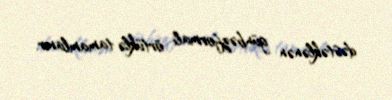
dəstəklənən günbəzformalı örtüklə tamamlanır.